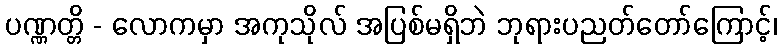
ပဏ္ဏတ္တိ - လောကမှာ အကုသိုလ် အပြစ်မရှိဘဲ ဘုရားပညတ်တော်ကြောင့်၊